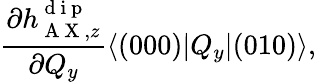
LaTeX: \frac{\partial h_{\mathrm{~A~X~},z}^{\mathrm{~d~i~p~}}}{\partial Q_{y}}\langle(000)|Q_{y}|(010)\rangle,